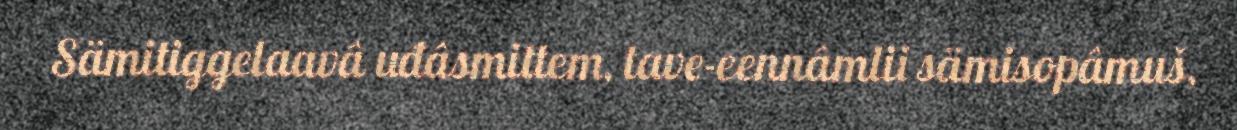
Sämitiggelaavâ uđâsmittem, tave-eennâmlii sämisopâmuš,